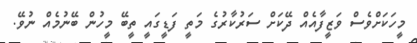
މީހަކަށްވެސް ވަޒީފާއެއް ދޭކަށް ސަރުކާރުގެ މަތީ ފަޑީގައީ ތީބޭ މީހުން ބޭނުމެއް ނުވޭ.